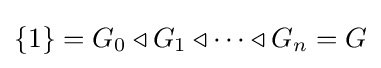
\{1\}=G_{0}\triangleleft G_{1}\triangleleft \dots \triangleleft G_{n}=G